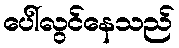
ပေါ်လွင်နေသည်